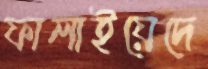
ফালাইয়েদে